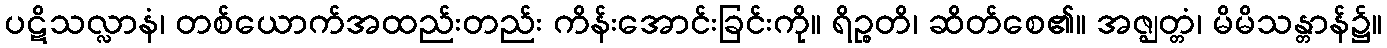
ပဋိသလ္လာနံ၊ တစ်ယောက်အထည်းတည်း ကိန်းအောင်းခြင်းကို။ ရိဉ္စတိ၊ ဆိတ်စေ၏။ အဇ္ဈတ္တံ၊ မိမိသန္တာန်၌။